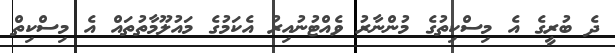
ދެ ބުރީގެ އެ މިސްކިތުގެ މުންނާރު ވެއްޓުނުއިރު އެކަމުގެ މައުލޫމާތުތައް އެ މިސްކިތް